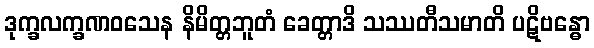
ဒုက္ခလက္ခဏဝသေန နိမိတ္တဘူတံ ခေတ္တာဒိ သဿတီသမာတိ ပဋိဗန္ဓော